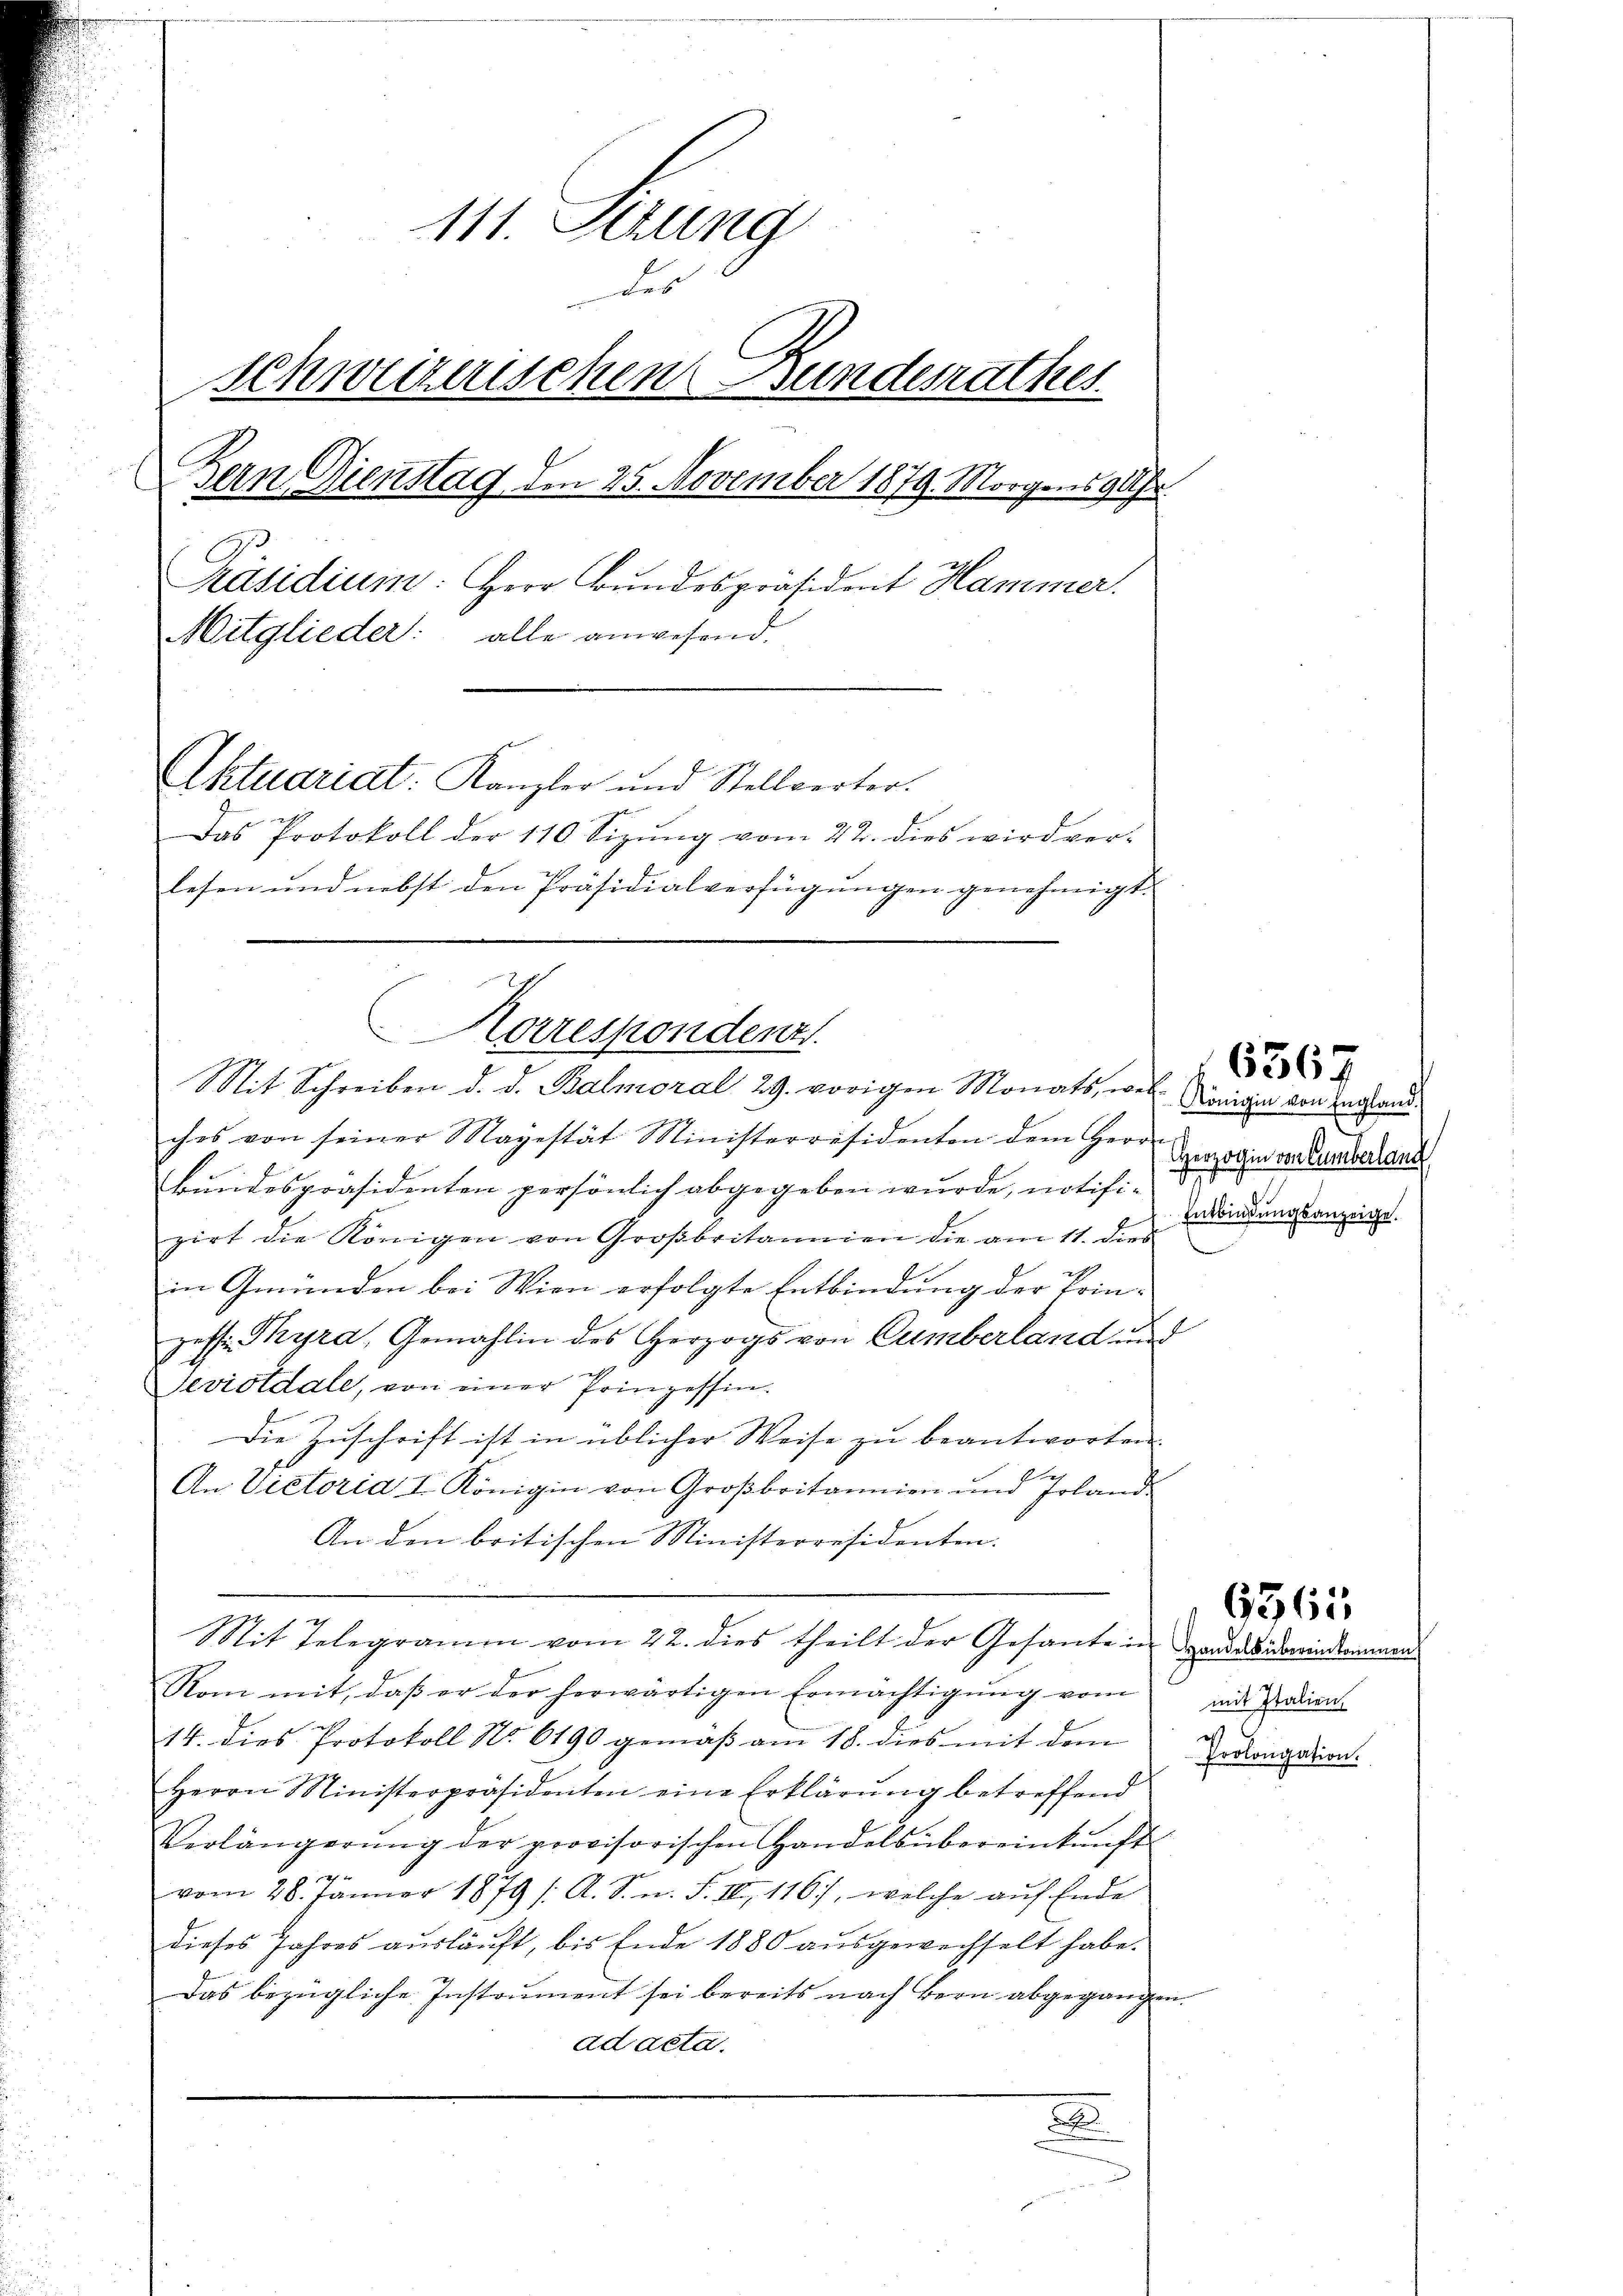
111. Sitzung
des
schweizerischen Bundesrathes.
Bein Dienstag den 25. November 1879. Morgens 98fr.
Präsidium: Herr Bundespräsident Hammer.
Mitglieder: alle anwesend,
Aktuariat. Kanzler und Stellverter.
Das Protokoll der 110 Sizung vom 22. dies wird ver-
lesen und nebst den Präsidialverfügŭngen genehmigt

ches von seiner Majestät Ministerräsidenten dem Herrn
Bundespräsidenten persönlich abgegeben wurde, notifi-
zirt die Königen von Großbritannien die am 11. dies
in Gmünden bei Wien erfolgte Entbindung der Prin-
zess Tyra, Gemahlin des Herzogs von Cumberland und
Seviotdale, von einer Prinzessin.
Die Zuschrift ist in üblicher Weise zu beantworten.
r
An Victoria I. Königin von Großbritannien und Erland-
An den britischen Ministerresidenten.
Mit Telegramen vom 22. dies theilt der Gesante in Landidarindammen
Rom mit, daβ er der herwärtigen Ermächtigŭng vom
14. dies Protokoll No 6190 gemäß am 18. dies mit dem
Herrn Ministerpräsidenten eine Erklärung betreffend
Verlängerŭng der provisorischen Handels übereinkunft
4 x
vom 28. Jänner 1879 / A. S. n. F. III 116), welche auf Ende
dieses Jahres ausläuft, bis Ende 1880 ausgewechselt habe.
Das bezügliche Instrument sei bereits nach Bern abgegangen.
ad acta.
.

Korrespondenz.
Mit Schreiben d. d. Balmoral 29. vorigen Monats, wel Königin von England¬

Herzogin von Cumberland
Entbindungsanzeige.

6367

mit Italien
37
Prolongation.

6365